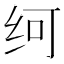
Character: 𰬂